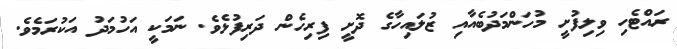
ރައްޓެހި ވިލިފުށީ މުހަންމަދުބެއާއި ޒުލައިހާގެ ދޮށީ ފިރިހެން ދަރިފުޅެވެ. ނަމަކީ އަހުމަދު އަކުރަމެވެ.